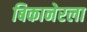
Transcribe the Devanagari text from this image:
बिकानेरला